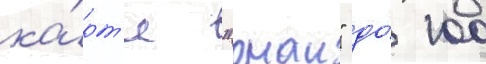
ка́рт'е "онаи" до́ 100